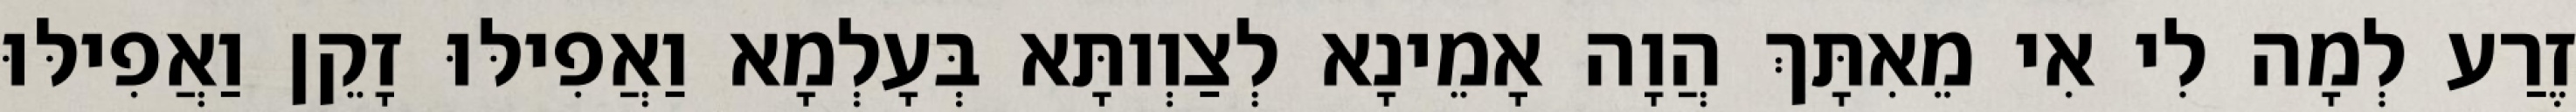
זֶרַע לְמָה לִי אִי מֵאִתָּךְ הֲוָה אָמֵינָא לְצַוְותָּא בְּעָלְמָא וַאֲפִילּוּ זָקֵן וַאֲפִילּוּ